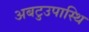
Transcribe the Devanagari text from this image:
अबटुउपास्थि